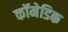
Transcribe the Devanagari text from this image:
कॉमेडिक